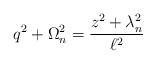
LaTeX: \begin{align*}q^{2}+\Omega _{n}^{2}=\frac{z^{2}+\lambda _{n}^{2}}{\ell ^{2}}\end{align*}